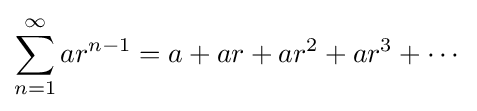
\sum _{n=1}^{\infty }ar^{n-1}=a+ar+ar^{2}+ar^{3}+\cdots